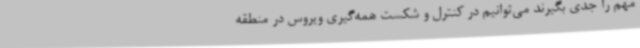
مهم را جدی بگیرند می‌توانیم در کنترل و شکست همه‌گیری ویروس در منطقه